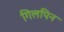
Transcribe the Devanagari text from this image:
गिलपिन